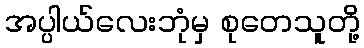
အပ္ပါယ်လေးဘုံမှ စုတေသူတို့